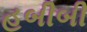
હબીબી